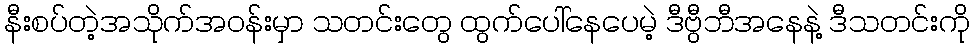
နီးစပ်တဲ့အသိုက်အဝန်းမှာ သတင်းတွေ ထွက်ပေါ်နေပေမဲ့ ဒီဗွီဘီအနေနဲ့ ဒီသတင်းကို